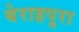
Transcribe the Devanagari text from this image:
बेराहपुरा